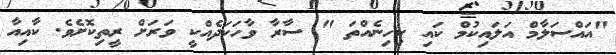
"އައްސަލާމް އަލައިކުމް ކައި ކިހިނެއްތަ " ސާރާ ވާހަކަދެއްކީ ވަރަށް ރީތިކޮށެވެ. ކާއިއާ